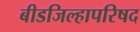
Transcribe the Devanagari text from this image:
बीडजिल्हापरिषद